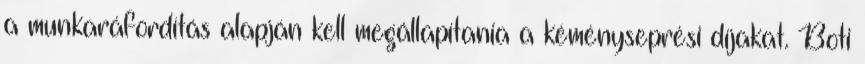
a munkaráfordítás alapján kell megállapítania a kéményseprési díjakat. Boti